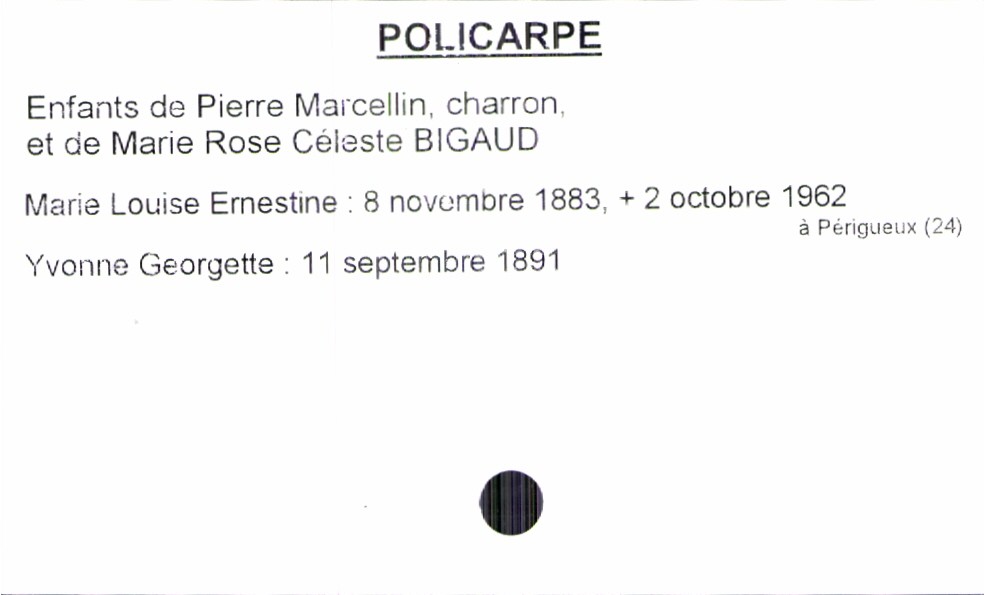
type_acte: Baptême
filiation: fille
enfant_prénom: Yvonne Georgette
enfant_date_de_naissance: 11 septembre 1891
enfant_date_de_décès: 2 octobre 1962
enfant_lieu_de_décès: Périgueux (24)
père_enfant_nom: Policarpe
père_enfant_prénom: Pierre Marcellin
père_enfant_profession: charron
mère_enfant_nom: Bigaud
mère_enfant_prénom: Marie Rose Céleste